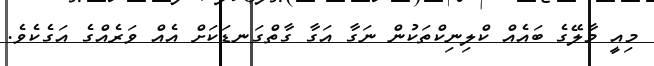
މިއީ މާލޭގެ ބައެއް ކްލިނިކްތަކުން ނަގާ އަގާ ގާތްގަނޑަކަށް އެއް ވަރެއްގެ އަގެކެވެ.